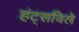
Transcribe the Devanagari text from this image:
हंट्सविले